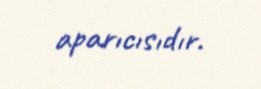
aparıcısıdır.